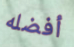
أفضله